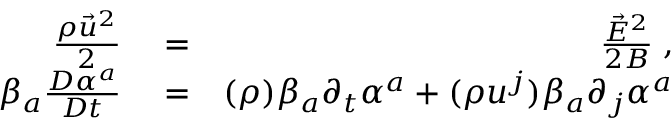
\begin{array} { r l r } { \frac { \rho \vec { u } ^ { 2 } } { 2 } } & { { } = } & { \frac { \vec { E } ^ { 2 } } { 2 B } \; , } \\ { \beta _ { a } \frac { D \alpha ^ { a } } { D t } } & { { } = } & { ( \rho ) \beta _ { a } \partial _ { t } \alpha ^ { a } + ( \rho u ^ { j } ) \beta _ { a } \partial _ { j } \alpha ^ { a } } \end{array}